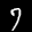
Label: 7